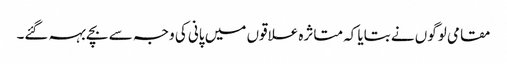
مقامی لوگوں نے بتایا کہ متاثرہ علاقوں میں پانی کی وجہ سے بچے بہہ گئے۔